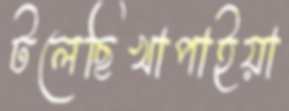
টলেছিখাপাইয়া